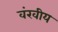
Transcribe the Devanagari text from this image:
वंखीय